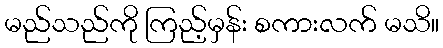
မည်သည်ကို ကြည့်မှန်း စကားလက် မသိ။